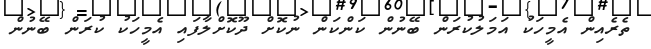
ތެރެއިން އެމީހަކު އަމަލުކުރަން ބޭނުން ކަންކަން ނުކޮށް ދޫކޮށްލާފައި އެމީހަކު ކުރަން ބޭނުން